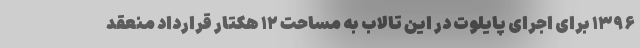
۱۳۹۶ برای اجرای پایلوت در این تالاب به مساحت ۱۲ هکتار قرارداد منعقد